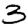
Digit: 3